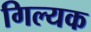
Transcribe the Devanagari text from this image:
गिल्यक